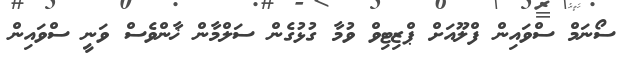
ސޯނަމް ސްވައިން ފްލޫއަށް ޕްޒިޓިވް ވުމާ ގުޅުގެން ސަލްމާން ޚާންވެސް ވަނީ ސްވައިން